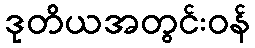
ဒုတိယအတွင်းဝန်